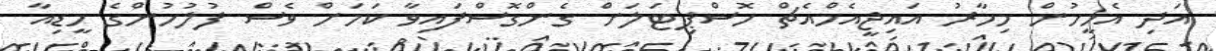
އަދި އެމީހުން މިހާރު އައިޖީއެމްއެޗް ހޮސްޕިޓަލަށް ގެންގޮސްފައިވާ ކަމަށް ވެސް ފުލުހުންގެ މީޑިއާ